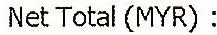
NET TOTAL(MYR) :